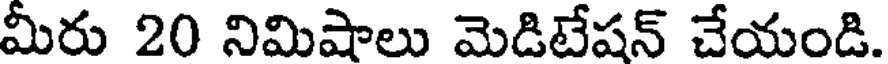
మీరు 20 నిమిషాలు మెడిటేషన్ చేయండి.